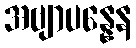
အဗျာပန္နေန